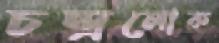
চন্দ্রলোক